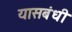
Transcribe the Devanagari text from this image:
यासबंधी